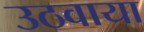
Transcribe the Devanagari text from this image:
उठवाया